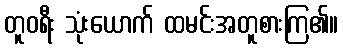
တူဝရီး သုံးယောက် ထမင်းအတူစားကြ၏။